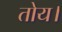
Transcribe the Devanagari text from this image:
तोय।